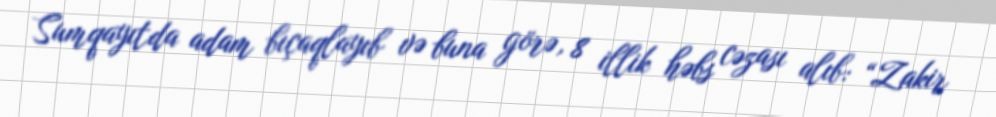
Sumqayıtda adam bıçaqlayıb və buna görə, 8 illik həbs cəzası alıb: “Zakir